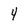
Character: 4